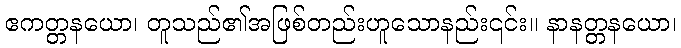
ဧကတ္တနယော၊ တူသည်၏အဖြစ်တည်းဟူသောနည်း၎င်း။ နာနတ္တနယော၊